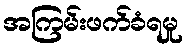
အကြမ်းဖက်ခံရမှု